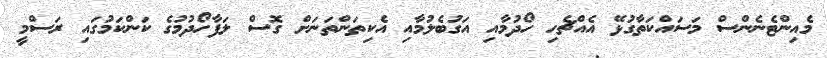
މެއިންޓެނެންސް މަސައްކަތާގުޅޭ އެއްޗެހި ހޯދުމާއި އަގުބެލުމާއި އެކިތަންތަނަށް ގޮސް ލަފާހޯދުމުގެ ކަންކަމުގައި ރަސްމީ